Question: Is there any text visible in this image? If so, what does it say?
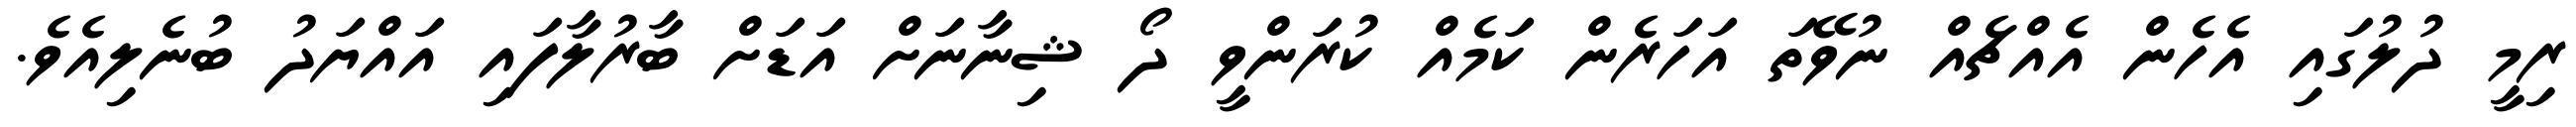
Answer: ރިމީ ދުލުގައި އެހެން އެއްޗެއް ނުވޭތަ އަހަރެން ކަމެއް ކުރަންވީ ދޯ ޝިނާނަށް އަޑަށް ބާރުލާފައި އައްޔަދު ބުނެލިއެވެ.